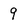
Character: 9